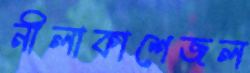
নীলাকাশেজল